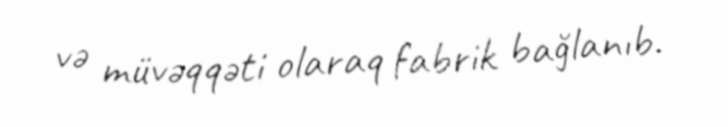
və müvəqqəti olaraq fabrik bağlanıb.